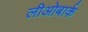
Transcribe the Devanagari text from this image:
लीओबार्क